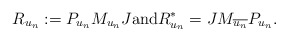
\begin{align*} R_{u_n} := P_{u_n} M_{u_n} J \mbox{and} R_{u_n}^* = J M_{\overline{u_n}} P_{u_n}.\end{align*}